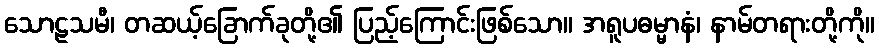
သောဠသမီ၊ တဆယ့်ခြောက်ခုတို့၏ ပြည့်ကြောင်းဖြစ်သော။ အရူပဓမ္မာနံ၊ နာမ်တရားတို့ကို။